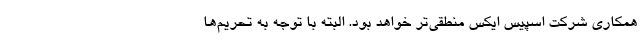
همکاری شرکت اسپیس ایکس منطقی‌تر خواهد بود. البته با توجه به تحریم‌ها